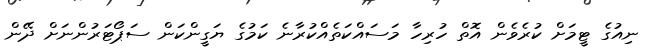
ނިއުގެ ޓީމަށް ކުރެވެން އޮތް ހުރިހާ މަސައްކަތެއްކުރާނެ ކަމުގެ ޔަގީންކަން ސަޕޯޓަރުންނަށް ދޭން